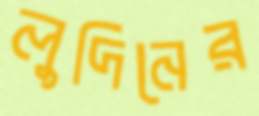
লুদিনের